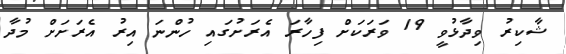
ޝާކިރު ވިދާޅުވީ 19 ވަރަކަށް ފިހާރަ އެރަށުގައި ހުންނަ އިރު އެރަށަށް މުދާ